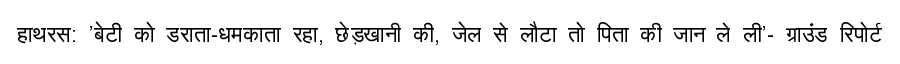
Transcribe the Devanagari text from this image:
हाथरस: 'बेटी को डराता-धमकाता रहा, छेड़खानी की, जेल से लौटा तो पिता की जान ले ली'- ग्राउंड रिपोर्ट